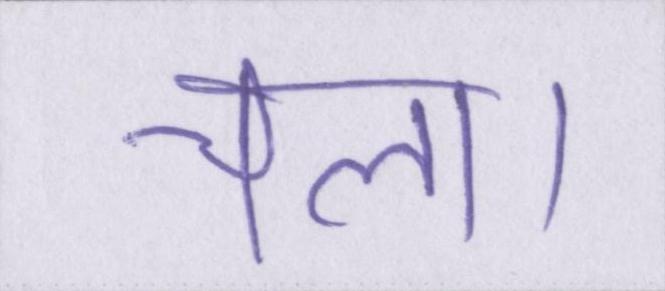
चला।